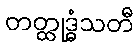
တတ္ထုဒ္ဓံသတီ